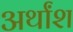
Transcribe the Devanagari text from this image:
अर्थांश